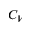
C _ { V }